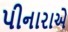
પીનારાએ